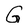
Character: G